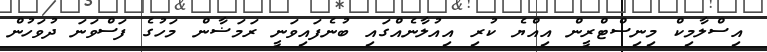
އިސްލާމިކް މިނިސްޓްރީން އިއްޔެ ކުރި އިއުލާނެއްގައި ބުނެފައިވަނީ ރަމަޟާން މަހުގެ ފަސްވަނަ ދުވަހުން